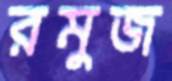
রমুজ